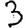
Digit: 3